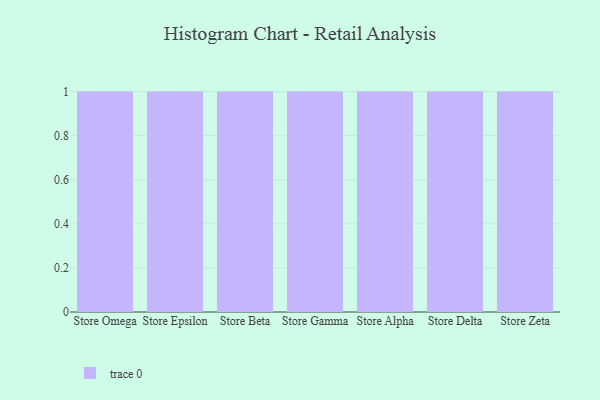
{"axis": {"x": "Store", "y": "Shipments"}, "legend": [""], "data": [{"x": "Store Omega", "y": 35, "type": ""}, {"x": "Store Epsilon", "y": 18, "type": ""}, {"x": "Store Beta", "y": 40, "type": ""}, {"x": "Store Gamma", "y": 63, "type": ""}, {"x": "Store Alpha", "y": 39, "type": ""}, {"x": "Store Delta", "y": 90, "type": ""}, {"x": "Store Zeta", "y": 54, "type": ""}]}